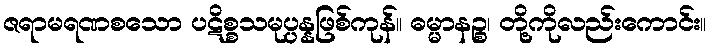
ဇရာမရဏစသော ပဋိစ္စသမုပ္ပန္နဖြစ်ကုန်။ ဓမ္မာနဉ္စ၊ တို့ကိုလည်းကောင်း။